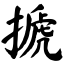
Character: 搋